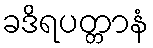
ခဒိရပတ္တာနံ